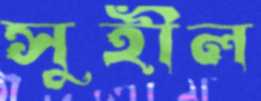
সুহীল